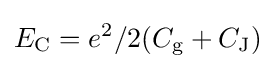
E_{\rm {C}}=e^{2}/2(C_{\rm {g}}+C_{\rm {J}})